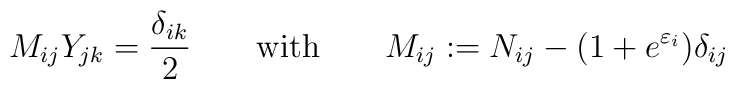
M_{ij}Y_{jk}=\frac{\delta _{ik}}{2}\quad \quad {\rm  with}\qquad M_{ij}:=N_{ij}-(1+e^{\varepsilon _{i}})\delta _{ij}